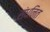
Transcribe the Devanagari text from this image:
संधनित